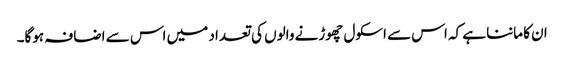
ان کا ماننا ہے کہ اس سے اسکول چھوڑنے والوں کی تعداد میں اس سے اضافہ ہوگا۔